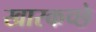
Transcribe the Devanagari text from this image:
खारकच्छे